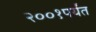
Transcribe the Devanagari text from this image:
२००१पर्यंत